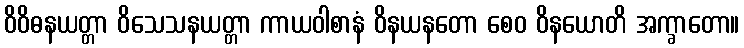
ဝိဝိဓနယတ္တာ ဝိသေသနယတ္တာ ကာယဝါစာနံ ဝိနယနတော စေဝ ဝိနယောတိ အက္ခာတော။